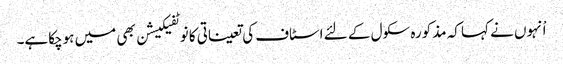
اْنہوں نے کہا کہ مذکورہ سکول کے لئے اسٹاف کی تعیناتی کا نوٹفیکیشن بھی میں ہوچکاہے۔